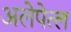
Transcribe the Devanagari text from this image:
अलेपेत्ल